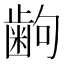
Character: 𫠚